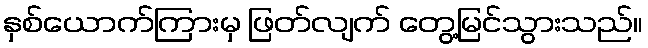
နှစ်ယောက်ကြားမှ ဖြတ်လျက် တွေ့မြင်သွားသည်။